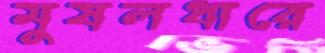
মুষলধারে